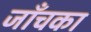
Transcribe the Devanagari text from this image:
जाँचका